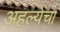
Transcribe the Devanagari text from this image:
अहल्येचा